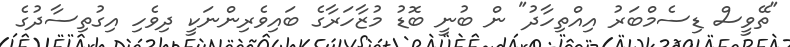
"ތޭވީސް ޑިސެމްބަރު އިއްތިހާދު" ން ބުނީ ބޮޑު މުޒާހަރާގެ ބައިވެރިންނަކީ ދިވެހި އިގުތިސާދުގެ